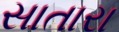
સાતારા